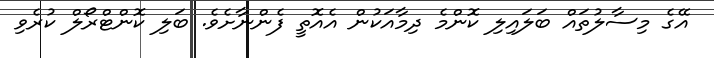
އޭގެ މިސާލުތައް ބަލައިލި ކޮންމެ ދިމާއަކުން އެއޮތީ ފެންނާށެވެ. ބަލި ކޮންޓްރޯލް ކުރެވި